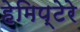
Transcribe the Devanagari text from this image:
हेमिप्टेरे